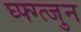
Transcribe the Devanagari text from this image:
घ्फ्ग्त्जुन